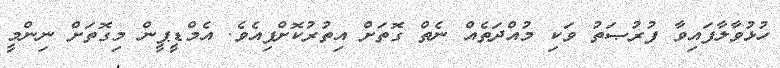
ހުޅުވާލާފައިވާ ފުރުޞަތު ވަކި މުއްދަތެއް ނެތް ގޮތަށް އިތުރުކޮށްފިއެވެ. އެމްޑީޕީން މިގޮތަށް ނިންމީ